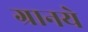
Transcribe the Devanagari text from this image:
ग्रानये